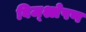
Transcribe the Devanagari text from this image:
विज्श्लेषण